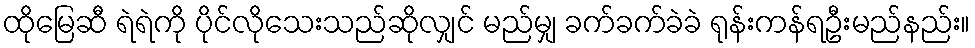
ထိုမြေဆီ ရဲရဲကို ပိုင်လိုသေးသည်ဆိုလျှင် မည်မျှ ခက်ခက်ခဲခဲ ရုန်းကန်ရဦးမည်နည်း။